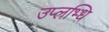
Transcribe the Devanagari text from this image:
उप्लभ्धि